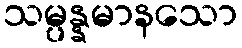
သမ္ပန္နမာနသော